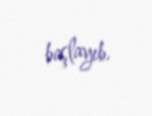
başlayıb.